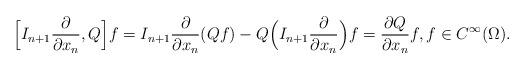
LaTeX: \begin{align*} \Bigl[I_{n+1}\frac{\partial }{\partial x_n},Q\Bigr]f = I_{n+1}\frac{\partial }{\partial x_n}(Qf) - Q \Bigl(I_{n+1}\frac{\partial }{\partial x_n}\Bigr)f = \frac{\partial Q}{\partial x_n}f,f\in C^{\infty}(\Omega). \end{align*}